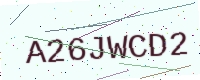
Text: A26JWCD2